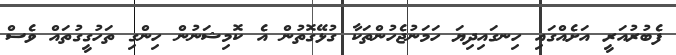
ފެބުރުއަރީ އަށެއްގައި ހިނގައިދިޔަ ހަމަނުޖެހުންތަކާ ގުޅޭގޮތުން އެ ކޮމިޝަނުން ހިންގި ތަހުގީގުތައް ވެސް